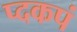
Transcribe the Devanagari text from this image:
प्दकपं